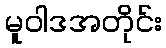
မူဝါဒအတိုင်း